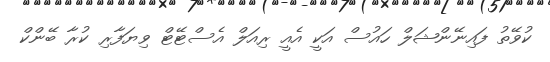
ކުވޭތު ފައިނޭންޝަލް ހައުސް އަކީ އެއީ ރިއަލް އެސްޓޭޓް ވިޔަފާރި ކުރާ ބޭންކް